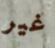
غير